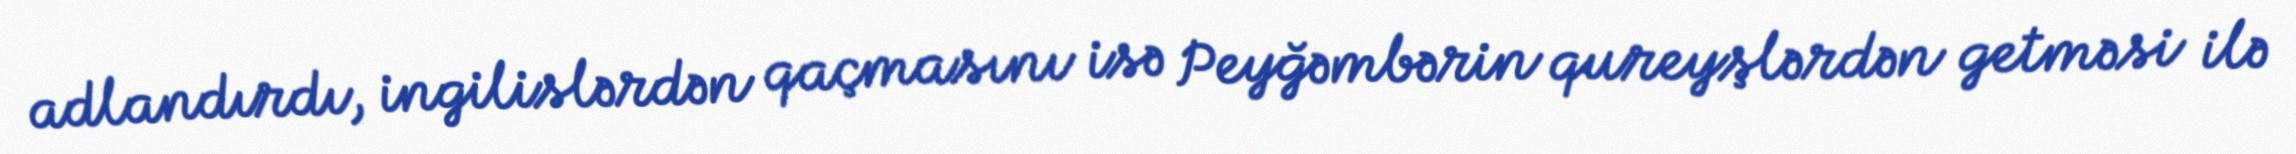
adlandırdı, ingilislərdən qaçmasını isə Peyğəmbərin qureyşlərdən getməsi ilə